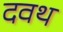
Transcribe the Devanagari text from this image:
दवथ